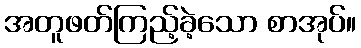
အတူဖတ်ကြည့်ခဲ့သော စာအုပ်။